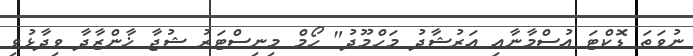
ނުވަތަ ޑޮކްޓަ އުސްމާނާއި އަރުޝާދު މަހްމޫދު" ހޯމް މިނިސްޓަރު ޝުޖާ ޚާންޒާދާ ވިދާޅުވި